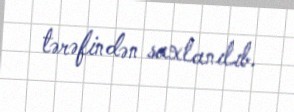
tərəfindən saxlanılıb.